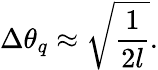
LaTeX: \Delta\theta_{q}\approx\sqrt{\frac{1}{2l}}.